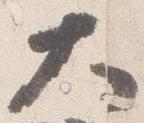
大